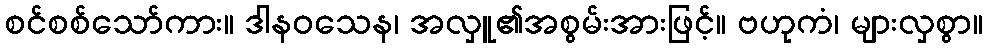
စင်စစ်သော်ကား။ ဒါနဝသေန၊ အလှူ၏အစွမ်းအားဖြင့်။ ဗဟုကံ၊ များလှစွာ။